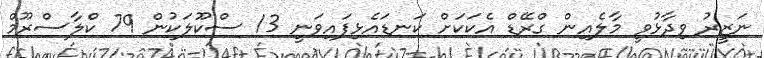
ނަޒީރު ވިދާޅުވީ މާލެއިން ގްރޭޑް އެކަކަށް ކަނޑައެޅިފައިވަނީ 13 ސްކޫލަކުން 79 ކްލާސްރޫމް